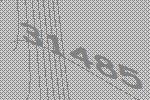
31485